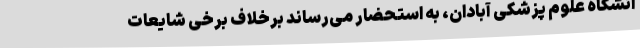
انشگاه علوم پزشکی آبادان، به استحضار می‌رساند برخلاف برخی شایعات